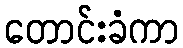
တောင်းခံကာ